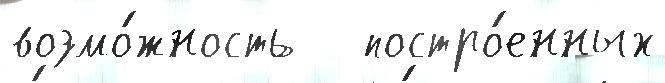
возмо́жность   постро́енных